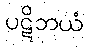
ပဋိဘယံ